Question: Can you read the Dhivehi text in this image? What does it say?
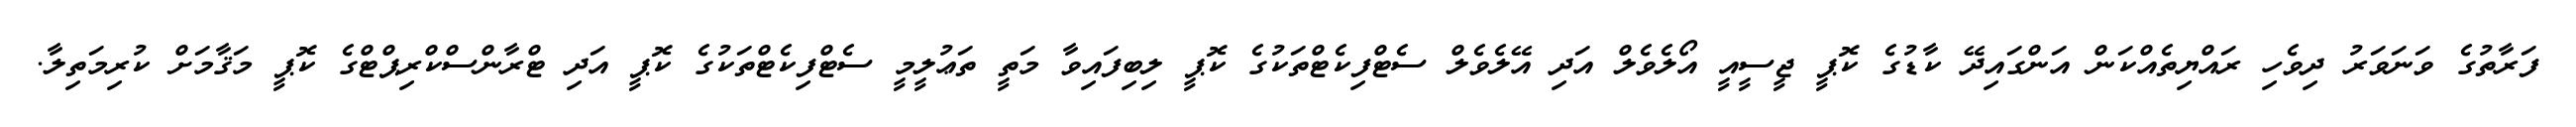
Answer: ފަރާތުގެ ވަނަވަރު ދިވެހި ރައްޔިތެއްކަން އަންގައިދޭ ކާޑުގެ ކޮޕީ ޖީސީއީ އޯލެވެލް އަދި އޭލެވެލް ސެޓްފިކެޓްތަކުގެ ކޮޕީ ލިބިފައިވާ މަތީ ތަޢުލީމީ ސެޓްފިކެޓްތަކުގެ ކޮޕީ އަދި ޓްރާންސްކްރިޕްޓްގެ ކޮޕީ މަޤާމަށް ކުރިމަތިލާ.